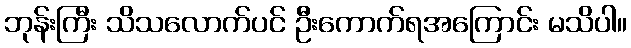
ဘုန်းကြီး သိသလောက်ပင် ဦးကောက်ရအကြောင်း မသိပါ။